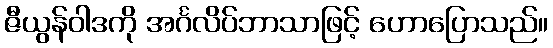
ဇီယွန်ဝါဒကို အင်္ဂလိပ်ဘာသာဖြင့် ဟောပြောသည်။